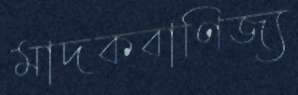
মাদকবাণিজ্য